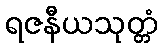
ရဇနီယသုတ္တံ